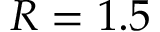
R = 1 . 5